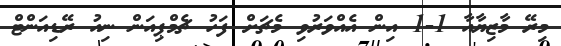
މިރޭ މާޒިޔާއާ 1-1 އިން އެއްވަރުވި މެޗަށް ފަހު ޗެމްޕިއަން ނިއު ރޭޑިއަންޓް